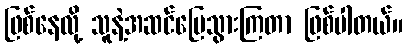
ဖြစ်နေလို့ သူနဲ့အဆင်ပြေသွားကြတာ ဖြစ်ပါတယ်။